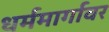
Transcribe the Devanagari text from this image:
धर्ममार्गावर